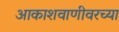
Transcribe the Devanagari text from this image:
आकाशवाणीवरच्‍या